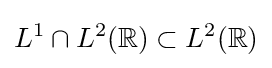
L^{1}\cap L^{2}(\mathbb {R} )\subset L^{2}(\mathbb {R} )